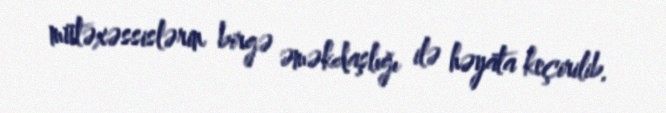
mütəxəssislərin birgə əməkdaşlığı ilə həyata keçirilib.